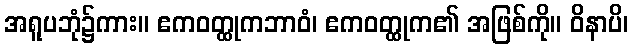
အရူပဘုံ၌ကား။ ဧကဝတ္ထုကဘာဝံ၊ ဧကဝတ္ထုက၏ အဖြစ်ကို။ ဝိနာပိ၊